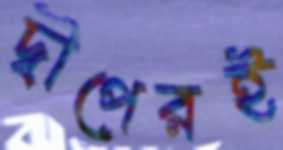
দ্বীপেরই